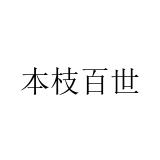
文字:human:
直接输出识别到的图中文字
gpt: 本枝百世